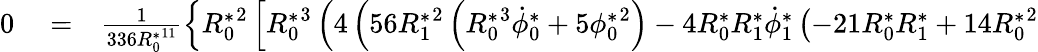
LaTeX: \begin{array}{rlr}{0}&{{}=}&{\frac{1}{336{R_{0}^{*}}^{11}}\left\{ {R_{0}^{*}}^{2}\left[{R_{0}^{*}}^{3}\left(4\left(56{R_{1}^{*}}^{2}\left({R_{0}^{*}}^{3}\dot{\phi}_{0}^{*}+5{\phi_{0}^{*}}^{2}\right)-4{R_{0}^{*}}{R_{1}^{*}}\dot{\phi}_{1}^{*}\left(-21{R_{0}^{*}}{R_{1}^{*}}+14{R_{0}^{*}}^{2}\right.\right.\right.\right.\right.}\end{array}